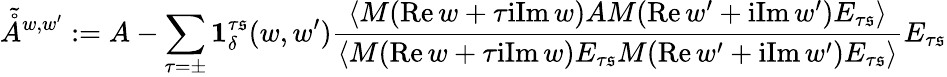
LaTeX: \tilde{\mathring{A}}^{{w,w^{\prime}}}:=A-\sum_{\tau=\pm}\mathbf{1}_{\delta}^{\tau\mathfrak{s}}(w,w^{\prime})\frac{\langle M(\mathrm{Re}\, w+\tau\mathrm{i}\mathrm{Im}\, w)AM(\mathrm{Re}\, w^{\prime}+\mathrm{i}\mathrm{Im}\, w^{\prime})E_{\tau\mathfrak{s}}\rangle}{\langle M(\mathrm{Re}\, w+\tau\mathrm{i}\mathrm{Im}\, w)E_{\tau\mathfrak{s}}M(\mathrm{Re}\, w^{\prime}+\mathrm{i}\mathrm{Im}\, w^{\prime})E_{\tau\mathfrak{s}}\rangle}E_{\tau\mathfrak{s}}